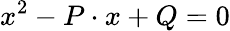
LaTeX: x^{2}-P\cdot x+Q=0